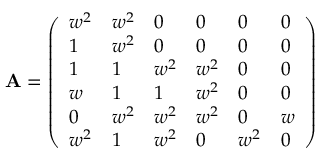
{ \mathbf { A } } = { \left( \begin{array} { l l l l l l } { w ^ { 2 } } & { w ^ { 2 } } & { 0 } & { 0 } & { 0 } & { 0 } \\ { 1 } & { w ^ { 2 } } & { 0 } & { 0 } & { 0 } & { 0 } \\ { 1 } & { 1 } & { w ^ { 2 } } & { w ^ { 2 } } & { 0 } & { 0 } \\ { w } & { 1 } & { 1 } & { w ^ { 2 } } & { 0 } & { 0 } \\ { 0 } & { w ^ { 2 } } & { w ^ { 2 } } & { w ^ { 2 } } & { 0 } & { w } \\ { w ^ { 2 } } & { 1 } & { w ^ { 2 } } & { 0 } & { w ^ { 2 } } & { 0 } \end{array} \right) }